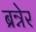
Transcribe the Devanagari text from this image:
ब्रन्नेर